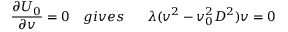
\frac { \partial U _ { 0 } } { \partial v } = 0 \ \ \ g i v e s \ \ \ \ \ \lambda ( v ^ { 2 } - v _ { 0 } ^ { 2 } D ^ { 2 } ) v = 0